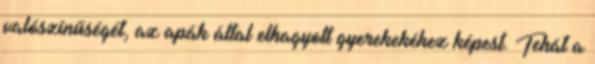
valószínűségét, az apák által elhagyott gyerekekéhez képest. Tehát a